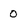
Character: 0